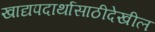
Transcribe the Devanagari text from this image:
खाद्यपदार्थासाठीदेखील